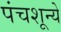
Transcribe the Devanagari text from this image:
पंचशून्ये